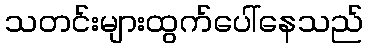
သတင်းများထွက်ပေါ်နေသည်